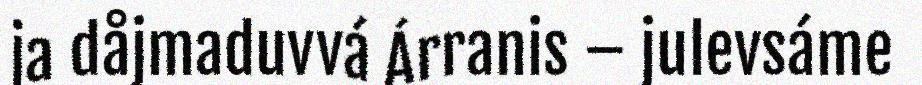
ja dåjmaduvvá Árranis – julevsáme